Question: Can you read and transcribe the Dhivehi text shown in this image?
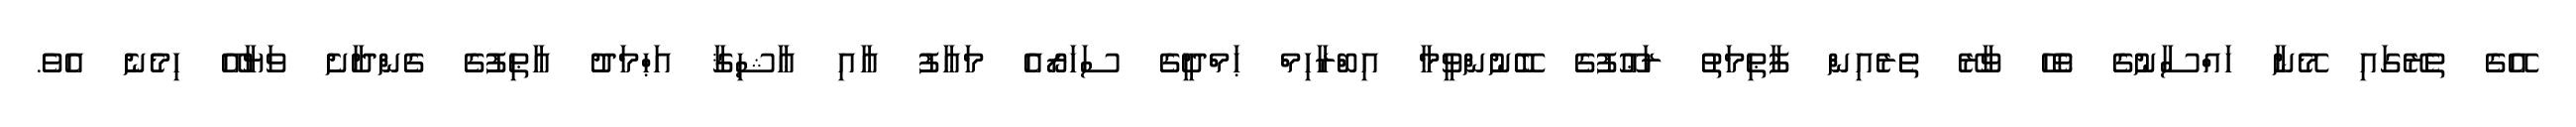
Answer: އޭގެ ތެރޭގައި މޭނާ ހައްސާނުގެ ވެހޭ ވާރޭ ތެރެއިން ފާޠިމަތު ރަޢޫފުގެ ބޭނުންވީމާ އިބްރާހިމް ޙަމްދީގެ ސަހަރޯއެ މަޢާފު އާއި ޢާޝިޤާ އަޙްމަދު ޢާޠިފުގެ ގެންދާށެ ވަޔާއޭ ހިމެނެ އެވެ.